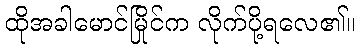
ထိုအခါမောင်မြိုင်က လိုက်ပို့ရလေ၏။